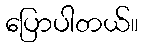
ပြောပါတယ်။